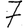
Digit: 7